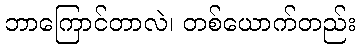
ဘာကြောင်တာလဲ၊ တစ်ယောက်တည်း